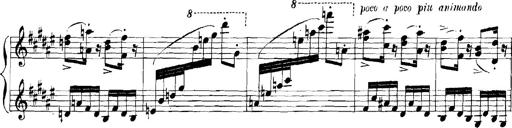
Title: Rhapsodies hongroises
Composer: Franz Liszt